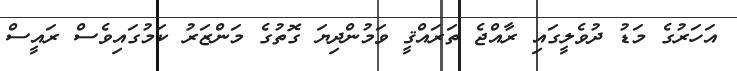
އަހަރުގެ މަޑު ދުވެލީގައި ރާއްޖެ ތަރައްޤީ ވަމުންދިޔަ ގޮތުގެ މަންޒަރު ކަމުގައިވެސް ރައީސް